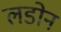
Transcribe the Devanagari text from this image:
लडोन